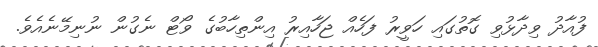
ފުއާދު ވިދާޅުވި ގޮތުގައި ހަވީރު ފަހެއް ޖަހާއިރު އިންތިހާބުގެ ވޯޓް ނެގުން ނުނިމޭނެއެވެ.